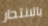
بالانتحار